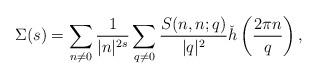
LaTeX: \begin{align*}\Sigma(s)=\sum_{n\neq0}\frac{1}{|n|^{2s}}\sum_{q\neq0}\frac{S(n,n;q)}{|q|^2}\check{h}\left(\frac{2\pi n}{q}\right),\end{align*}